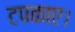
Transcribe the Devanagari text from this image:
टपकाए।